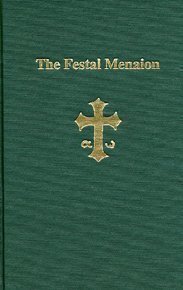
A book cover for The Festal Menaion; Christian Books & Bibles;